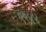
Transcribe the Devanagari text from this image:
९९४४